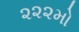
૨૨૨મો